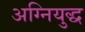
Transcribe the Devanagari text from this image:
अग्नियुद्ध